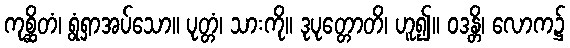
ကုစ္ဆိတံ၊ ရွံရှာအပ်သော။ ပုတ္တံ၊ သားကို။ ဒုပုတ္တောတိ၊ ဟူ၍။ ဝဒန္တိ၊ လောက၌